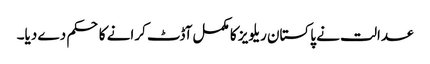
عدالت نے پاکستان ریلویز کا مکمل آڈٹ کرانے کا حکم دے دیا۔